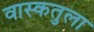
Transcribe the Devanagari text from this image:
वास्कतुला